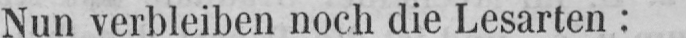
Nun verbleiben noch die Lesarten: